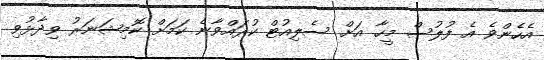
އެހެންވެ އެ ފުލުސް މީހާ އަށް ސެލިއުޓް ކުރައްވާނެ ކަމަށް ކޮމިޝަނަރު ވިދާޅުވި